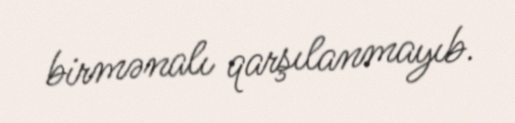
birmənalı qarşılanmayıb.